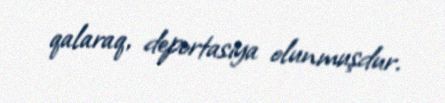
qalaraq, deportasiya olunmuşdur.